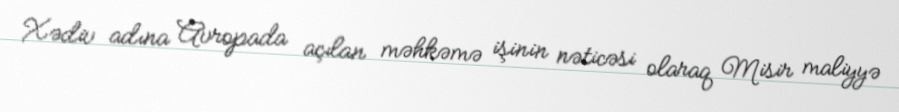
Xədiv adına Avropada açılan məhkəmə işinin nəticəsi olaraq Misir maliyyə